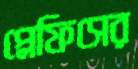
প্লেফিসের